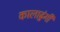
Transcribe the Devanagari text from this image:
कालाढुंगी